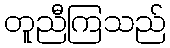
တူညီကြသည်